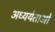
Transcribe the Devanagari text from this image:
अध्ययेताओं